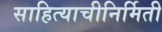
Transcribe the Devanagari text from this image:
साहित्याचीनिर्मिती